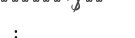
: